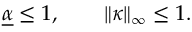
\begin{array} { r } { \underline { { \alpha } } \leq 1 , \qquad \| \kappa \| _ { \infty } \leq 1 . } \end{array}